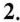
2.